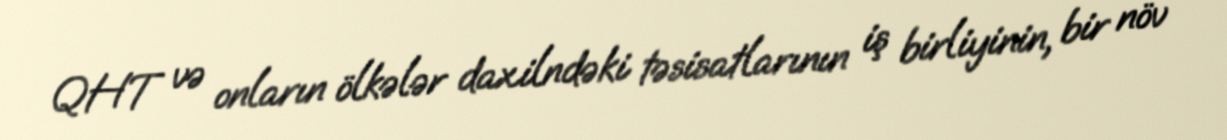
QHT və onların ölkələr daxilndəki təsisatlarının iş birliyinin, bir növ